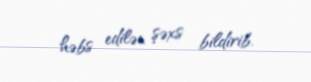
həbs edilən şəxs bildirib.